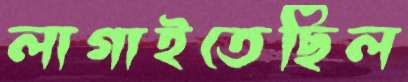
লাগাইতেছিল